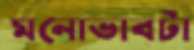
মনোভাবটা